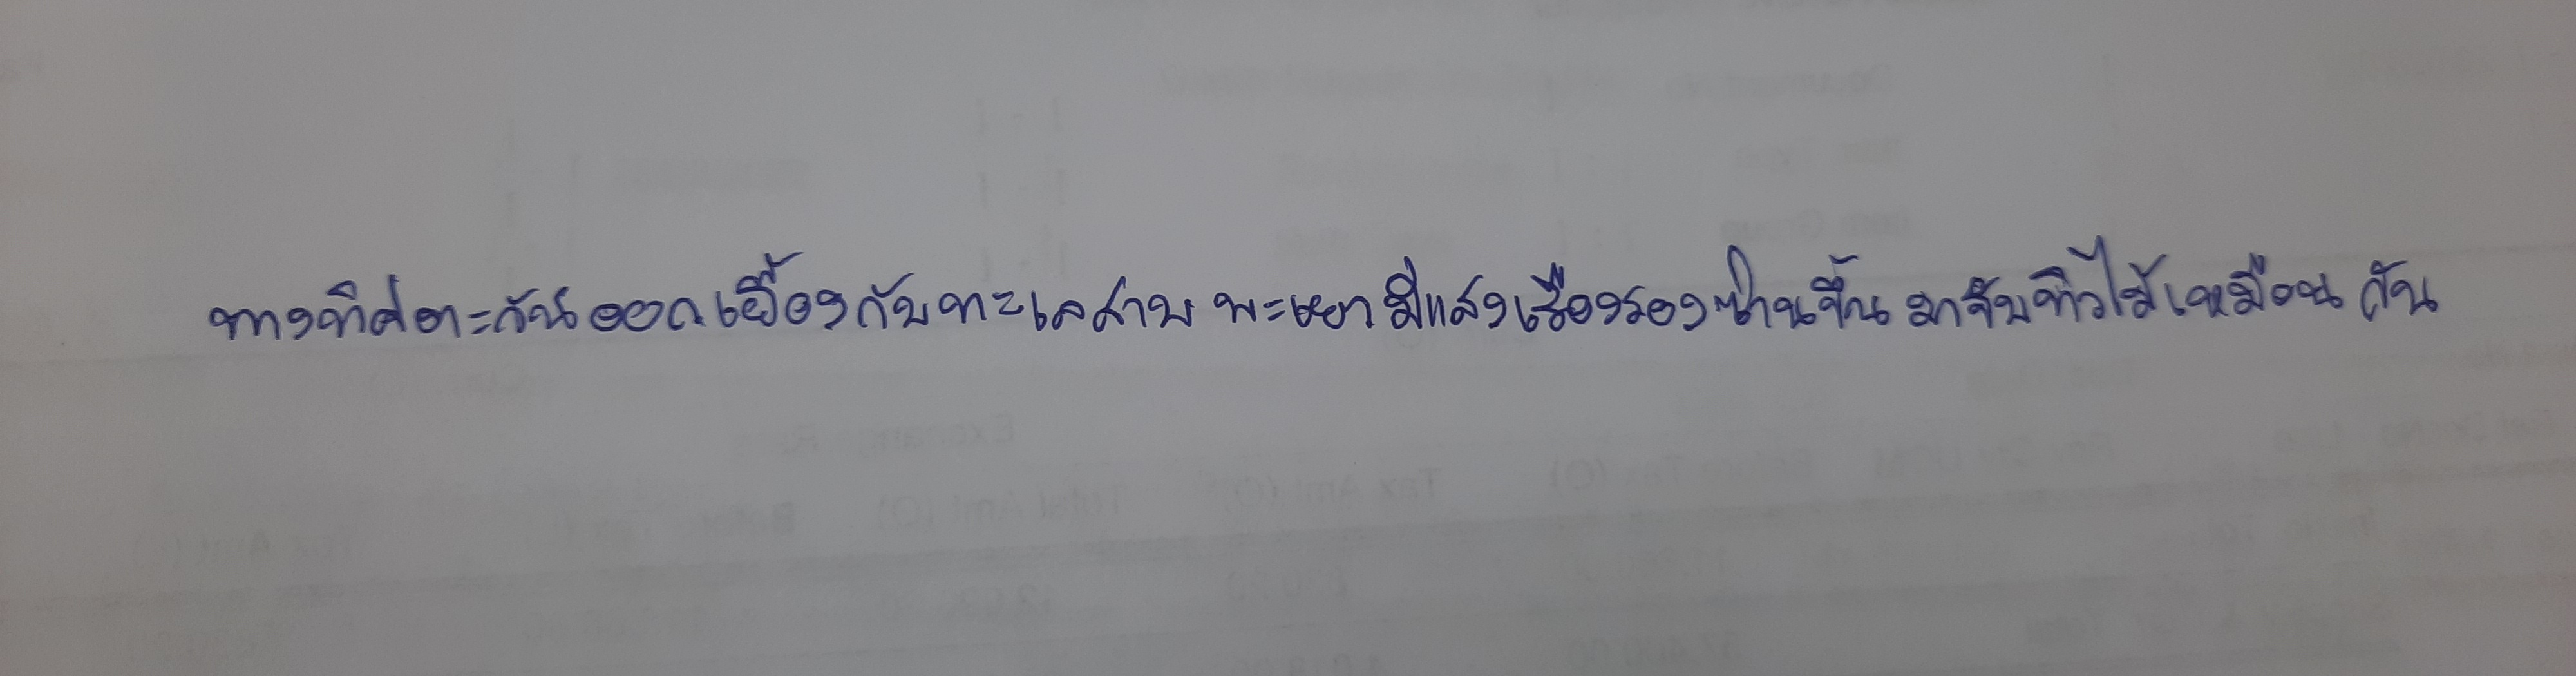
ทางทิศตะวันออกเยื้องกับทะเลสาบพะเยามีแสงเรืองรองซ่านขึ้นมาจับทิวไม้เหมือนกัน